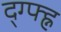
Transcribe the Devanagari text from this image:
द्ग्फ्ह्न